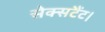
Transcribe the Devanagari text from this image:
सेक्सटैंट।